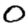
Digit: 0